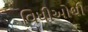
વિધીઓથી